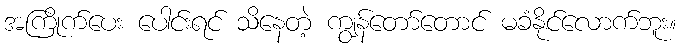
အကြိုက်ပေး ပေါင်းရင် သိနေတဲ့ ကျွန်တော်တောင် မခံနိုင်လောက်ဘူး။